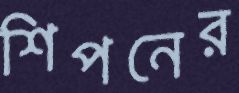
শিপনের